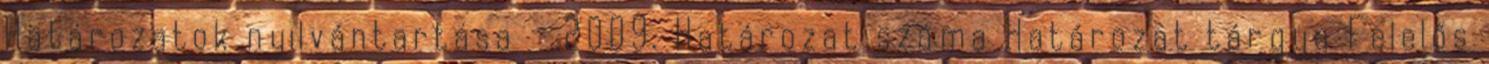
Határozatok nyilvántartása - 2009. Határozat száma Határozat tárgya Felelős